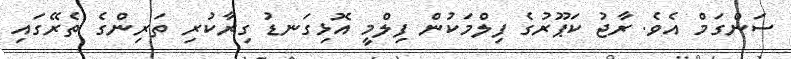
ސަންގަމް އެވެ. ރާޖު ކަޕޫރުގެ ފިލްމަކުން ފިލްމީ އޮޅިގަނޑު ގިރާކުރި ތަރިންގެ ތެރޭގައި